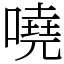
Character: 嘵